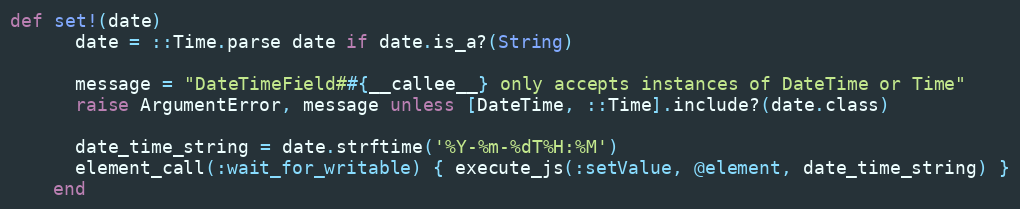
Language: Ruby
def set!(date)
      date = ::Time.parse date if date.is_a?(String)

      message = "DateTimeField##{__callee__} only accepts instances of DateTime or Time"
      raise ArgumentError, message unless [DateTime, ::Time].include?(date.class)

      date_time_string = date.strftime('%Y-%m-%dT%H:%M')
      element_call(:wait_for_writable) { execute_js(:setValue, @element, date_time_string) }
    end